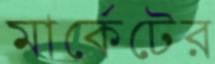
মার্কেটের